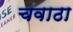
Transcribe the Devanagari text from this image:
चवाठा